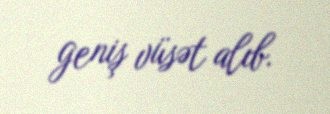
geniş vüsət alıb.